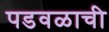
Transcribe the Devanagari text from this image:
पडवळाची